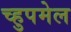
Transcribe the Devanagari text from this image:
च्हुपमेल